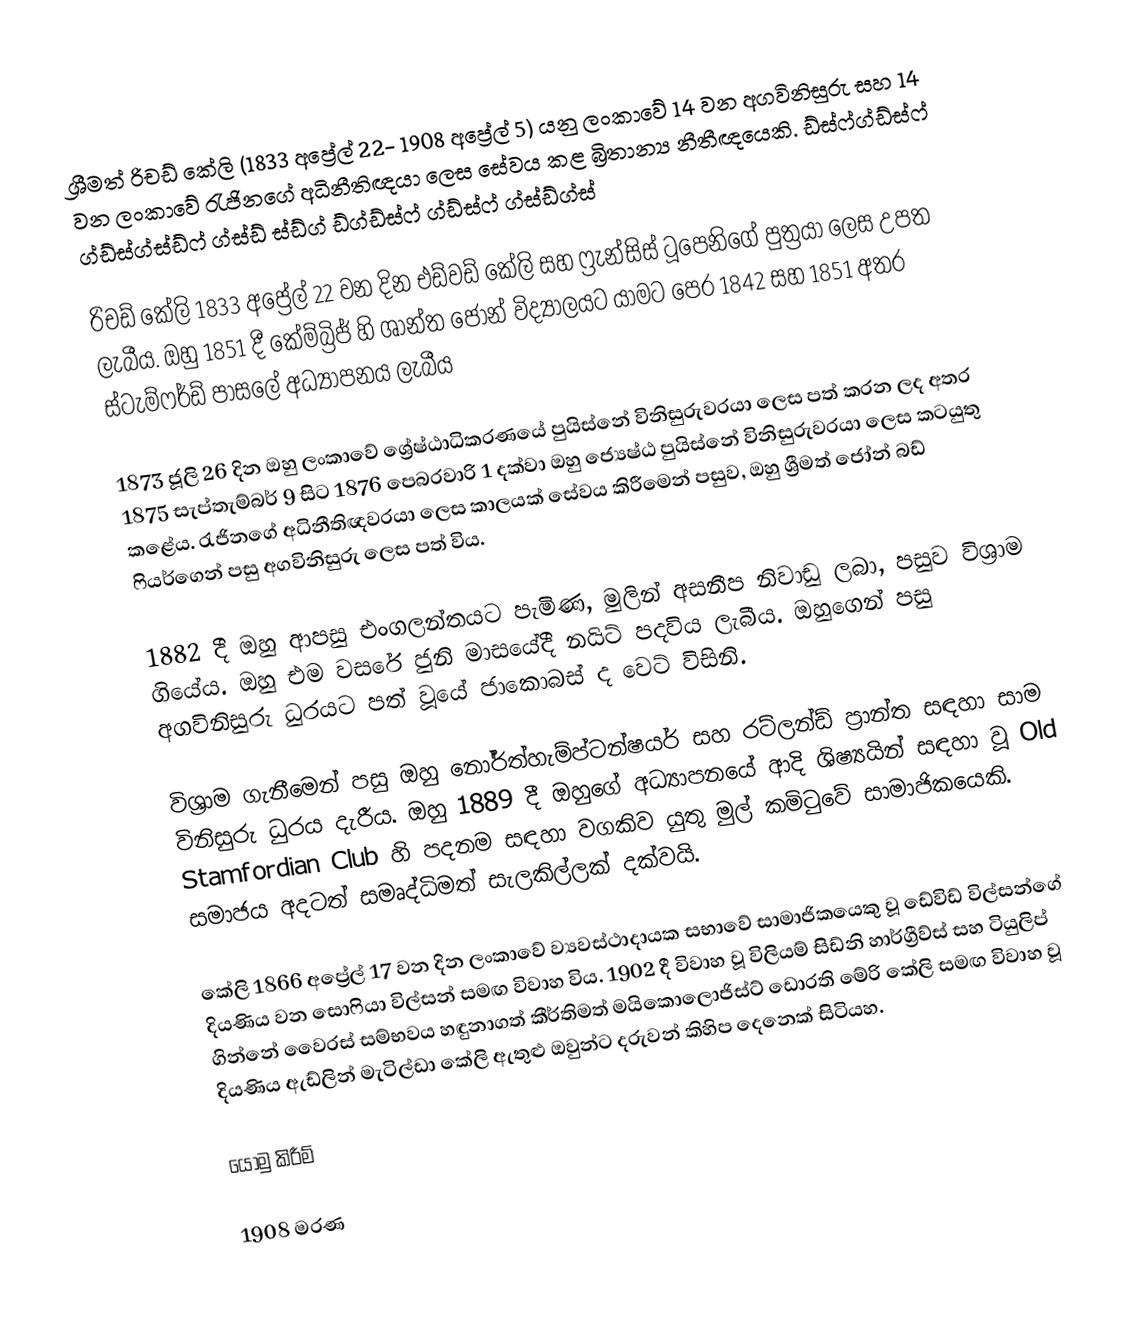
ශ්‍රීමත් රිචඩ් කේලි (1833 අප්‍රේල් 22- 1908 අප්‍රේල් 5) යනු ලංකාවේ 14 වන අගවිනිසුරු සහ 14 වන ලංකාවේ රැජිනගේ අධිනීතිඥයා ලෙස සේවය කළ බ්‍රිතාන්‍ය නීතීඥයෙකි. ඩ්ස්ෆ්ග්ඩ්ස්ෆ් ග්ඩ්ස්ග්ස්ඩ්ෆ් ග්ස්ඩ් ස්ඩ්ග් ඩ්ග්ඩ්ස්ෆ් ග්ඩ්ස්ෆ් ග්ස්ඩ්ග්ස්

රිචඩ් කේලි 1833 අප්‍රේල් 22 වන දින එඩ්වඩ් කේලි සහ ෆ්‍රැන්සිස් ටූපෙනිගේ පුත්‍රයා ලෙස උපත ලැබීය. ඔහු 1851 දී කේම්බ්‍රිජ් හි ශාන්ත ජෝන් විද්‍යාලයට යාමට පෙර 1842 සහ 1851 අතර ස්ටැම්ෆර්ඩ් පාසලේ අධ්‍යාපනය ලැබීය

1873 ජූලි 26 දින ඔහු ලංකාවේ ශ්‍රේෂ්ඨාධිකරණයේ පුයිස්නේ විනිසුරුවරයා ලෙස පත් කරන ලද අතර 1875 සැප්තැම්බර් 9 සිට 1876 පෙබරවාරි 1 දක්වා ඔහු ජ්‍යෙෂ්ඨ පුයිස්නේ විනිසුරුවරයා ලෙස කටයුතු කළේය. රැජිනගේ අධිනීතිඥවරයා ලෙස කාලයක් සේවය කිරීමෙන් පසුව, ඔහු ශ්‍රීමත් ජෝන් බඩ් ෆියර්ගෙන් පසු අගවිනිසුරු ලෙස පත් විය.

1882 දී ඔහු ආපසු එංගලන්තයට පැමිණ, මුලින් අසනීප නිවාඩු ලබා, පසුව විශ්‍රාම ගියේය.  ඔහු එම වසරේ ජුනි මාසයේදී නයිට් පදවිය ලැබීය.  ඔහුගෙන් පසු අගවිනිසුරු ධුරයට පත් වූයේ ජාකොබස් ද වෙට් විසිනි.

විශ්‍රාම ගැනීමෙන් පසු ඔහු නෝර්ත්හැම්ප්ටන්ෂයර් සහ රට්ලන්ඩ් ප්‍රාන්ත සඳහා සාම විනිසුරු ධුරය දැරීය.  ඔහු 1889 දී ඔහුගේ අධ්‍යාපනයේ ආදි ශිෂ්‍යයින් සඳහා වූ Old Stamfordian Club හි පදනම සඳහා වගකිව යුතු මුල් කමිටුවේ සාමාජිකයෙකි.  සමාජය අදටත් සමෘද්ධිමත් සැලකිල්ලක් දක්වයි.

කේලි 1866 අප්‍රේල් 17 වන දින ලංකාවේ ව්‍යවස්ථාදායක සභාවේ සාමාජිකයෙකු වූ ඩේවිඩ් විල්සන්ගේ දියණිය වන සොෆියා විල්සන් සමඟ විවාහ විය. 1902 දී විවාහ වූ විලියම් සිඩ්නි හාර්ග්‍රීව්ස් සහ ටියුලිප් ගින්නේ වෛරස් සම්භවය හඳුනාගත් කීර්තිමත් මයිකොලොජිස්ට් ඩොරති මේරි කේලි සමඟ විවාහ වූ දියණිය ඇඩ්ලින් මැටිල්ඩා කේලි ඇතුළු ඔවුන්ට දරුවන් කිහිප දෙනෙක් සිටියහ.

යොමු කිරීම්

1908 මරණ